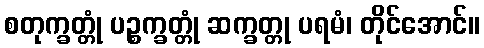
စတုက္ခတ္တုံ ပဉ္စက္ခတ္တုံ ဆက္ခတ္တု ပရမံ၊ တိုင်အောင်။